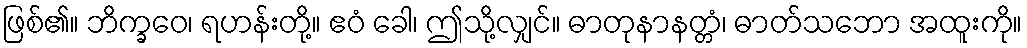
ဖြစ်၏။ ဘိက္ခဝေ၊ ရဟန်းတို့။ ဧဝံ ခေါ၊ ဤသို့လျှင်။ ဓာတုနာနတ္တံ၊ ဓာတ်သဘော အထူးကို။